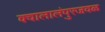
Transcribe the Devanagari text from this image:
क्वालालंपुरजवळ